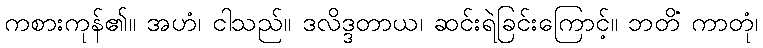
ကစားကုန်၏။ အဟံ၊ ငါသည်။ ဒလိဒ္ဒတာယ၊ ဆင်းရဲခြင်းကြောင့်။ ဘတိံ ကာတုံ၊